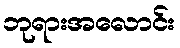
ဘုရားအလောင်း